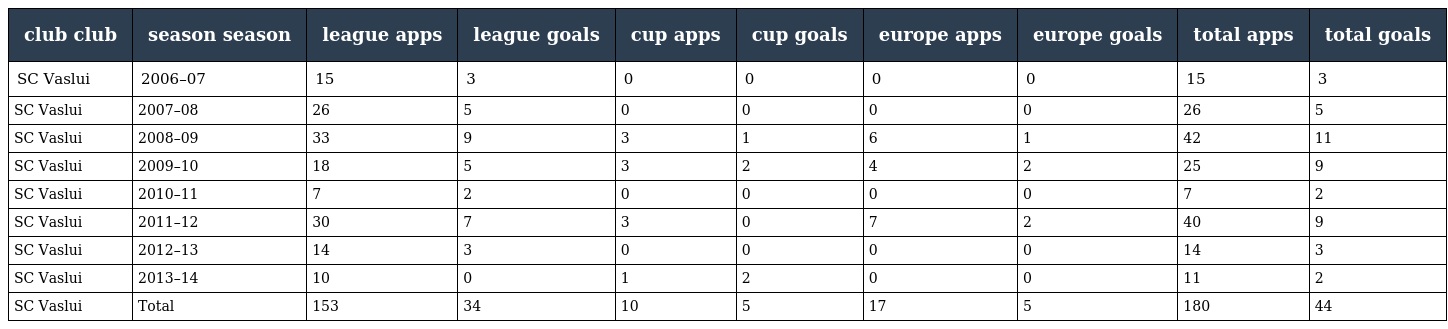
| club club | season season | league apps | league goals | cup apps | cup goals | europe apps | europe goals | total apps | total goals |
 | --- | --- | --- | --- | --- | --- | --- | --- | --- | --- |
 | SC Vaslui | 2006–07 | 15 | 3 | 0 | 0 | 0 | 0 | 15 | 3 |
 | SC Vaslui | 2007–08 | 26 | 5 | 0 | 0 | 0 | 0 | 26 | 5 |
 | SC Vaslui | 2008–09 | 33 | 9 | 3 | 1 | 6 | 1 | 42 | 11 |
 | SC Vaslui | 2009–10 | 18 | 5 | 3 | 2 | 4 | 2 | 25 | 9 |
 | SC Vaslui | 2010–11 | 7 | 2 | 0 | 0 | 0 | 0 | 7 | 2 |
 | SC Vaslui | 2011–12 | 30 | 7 | 3 | 0 | 7 | 2 | 40 | 9 |
 | SC Vaslui | 2012–13 | 14 | 3 | 0 | 0 | 0 | 0 | 14 | 3 |
 | SC Vaslui | 2013–14 | 10 | 0 | 1 | 2 | 0 | 0 | 11 | 2 |
 | SC Vaslui | Total | 153 | 34 | 10 | 5 | 17 | 5 | 180 | 44 |